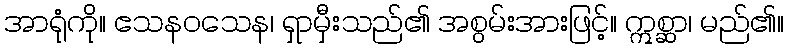
အာရုံကို။ ဧသနဝသေန၊ ရှာမှီးသည်၏ အစွမ်းအားဖြင့်။ ဣစ္ဆာ၊ မည်၏။